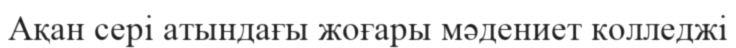
Ақан сері атындағы жоғары мәдениет колледжі